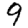
Digit: 9